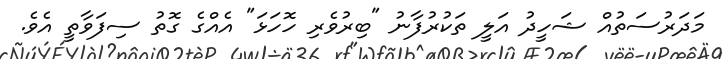
މަދަރުސަތުއް ޝަހީދު އަލީ ތަކުރުފާނު "ބިރުވެރި ހޮހަޅަ" އެއްގެ ގޮތު ސިފަވާތީ އެވެ.